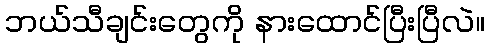
ဘယ်သီချင်းတွေကို နားထောင်ပြီးပြီလဲ။